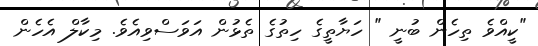
"ކީއްވެ ތިހެން ބުނީ " ހަޔާތީގެ ހިތުގެ ތެޅުން އަވަސްވިއެވެ. މިކާލް އެހެން